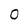
Character: 0